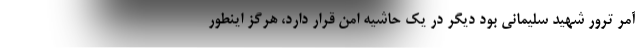
آمر ترور شهید سلیمانی بود دیگر در یک حاشیه امن قرار دارد، هرگز اینطور